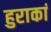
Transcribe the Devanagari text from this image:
हुराकां